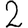
Digit: 2